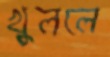
খুললে